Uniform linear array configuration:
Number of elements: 64
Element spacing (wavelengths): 0.5
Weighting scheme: exponential
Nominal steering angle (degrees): -45
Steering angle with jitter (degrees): -44.199
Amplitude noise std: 0.05
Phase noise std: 0.05

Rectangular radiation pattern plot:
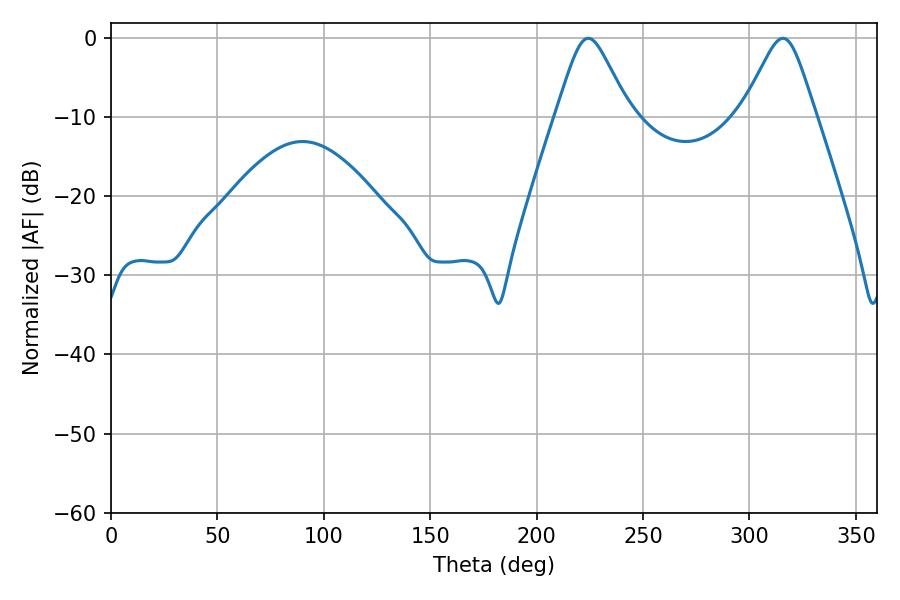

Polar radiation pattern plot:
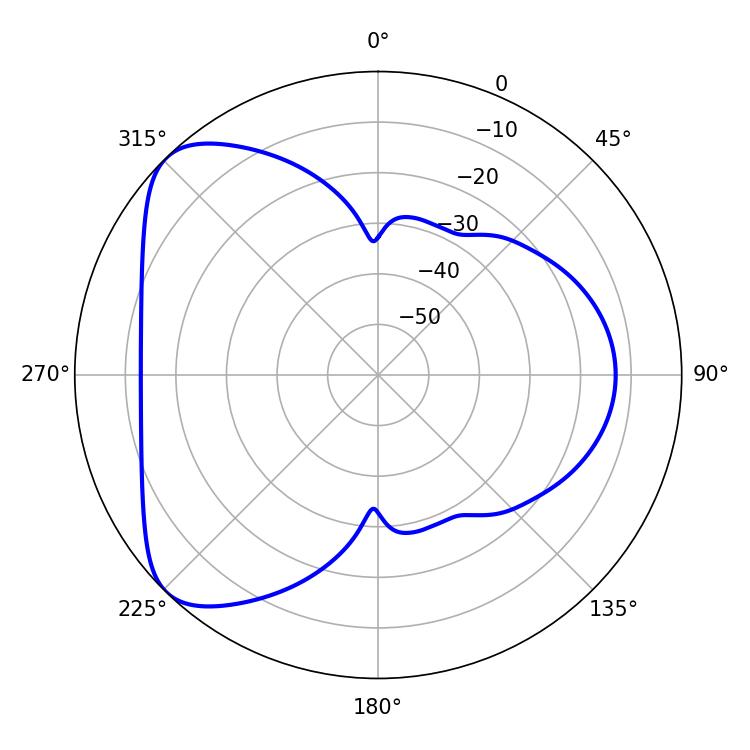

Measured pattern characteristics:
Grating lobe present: FALSE
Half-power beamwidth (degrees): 16.38
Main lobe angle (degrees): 224.28